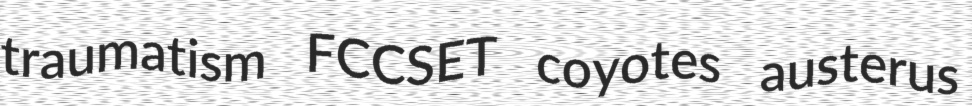
traumatism FCCSET coyotes austerus